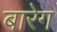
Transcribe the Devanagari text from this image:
बारेग